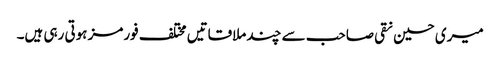
میری حسین نقی صاحب سے چند ملاقاتیں مختلف فورمز ہوتی رہی ہیں۔